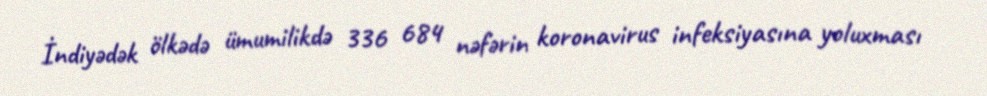
İndiyədək ölkədə ümumilikdə 336 684 nəfərin koronavirus infeksiyasına yoluxması